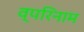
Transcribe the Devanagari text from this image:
व्परिनाम